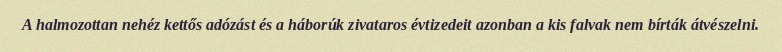
A halmozottan nehéz kettős adózást és a háborúk zivataros évtizedeit azonban a kis falvak nem bírták átvészelni.